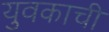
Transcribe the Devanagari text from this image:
युवकाची